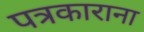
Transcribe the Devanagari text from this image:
पत्रकाराना